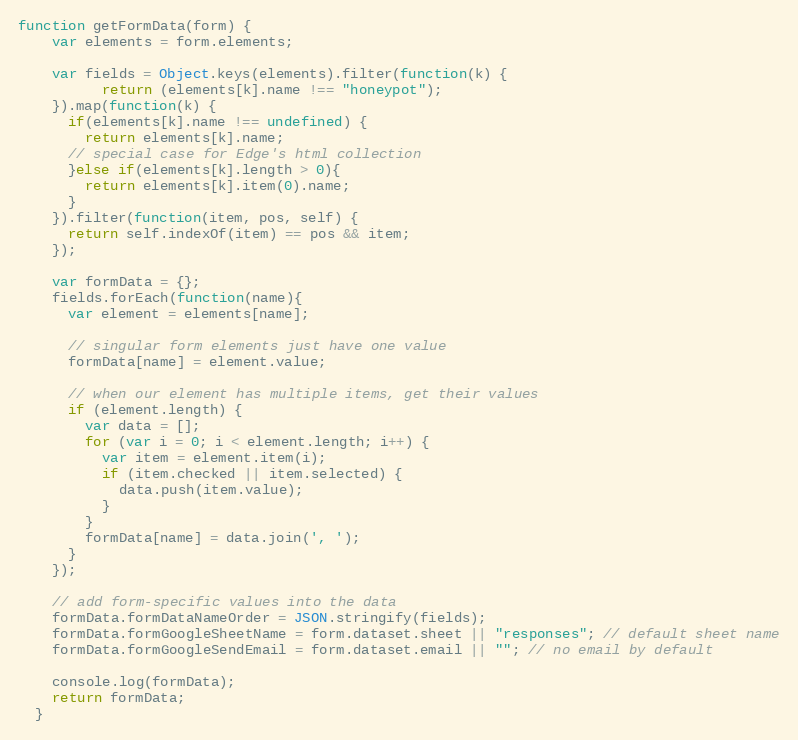
Language: JavaScript
function getFormData(form) {
    var elements = form.elements;

    var fields = Object.keys(elements).filter(function(k) {
          return (elements[k].name !== "honeypot");
    }).map(function(k) {
      if(elements[k].name !== undefined) {
        return elements[k].name;
      // special case for Edge's html collection
      }else if(elements[k].length > 0){
        return elements[k].item(0).name;
      }
    }).filter(function(item, pos, self) {
      return self.indexOf(item) == pos && item;
    });

    var formData = {};
    fields.forEach(function(name){
      var element = elements[name];

      // singular form elements just have one value
      formData[name] = element.value;

      // when our element has multiple items, get their values
      if (element.length) {
        var data = [];
        for (var i = 0; i < element.length; i++) {
          var item = element.item(i);
          if (item.checked || item.selected) {
            data.push(item.value);
          }
        }
        formData[name] = data.join(', ');
      }
    });

    // add form-specific values into the data
    formData.formDataNameOrder = JSON.stringify(fields);
    formData.formGoogleSheetName = form.dataset.sheet || "responses"; // default sheet name
    formData.formGoogleSendEmail = form.dataset.email || ""; // no email by default

    console.log(formData);
    return formData;
  }